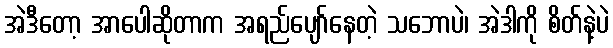
အဲဒီတော့ အာပေါဆိုတာက အရည်ပျော်နေတဲ့ သဘောပဲ၊ အဲဒါကို စိတ်နဲ့ပဲ